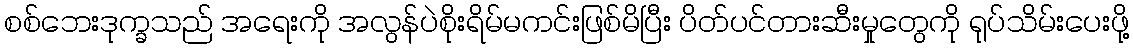
စစ်ဘေးဒုက္ခသည် အရေးကို အလွန်ပဲစိုးရိမ်မကင်းဖြစ်မိပြီး ပိတ်ပင်တားဆီးမှုတွေကို ရုပ်သိမ်းပေးဖို့